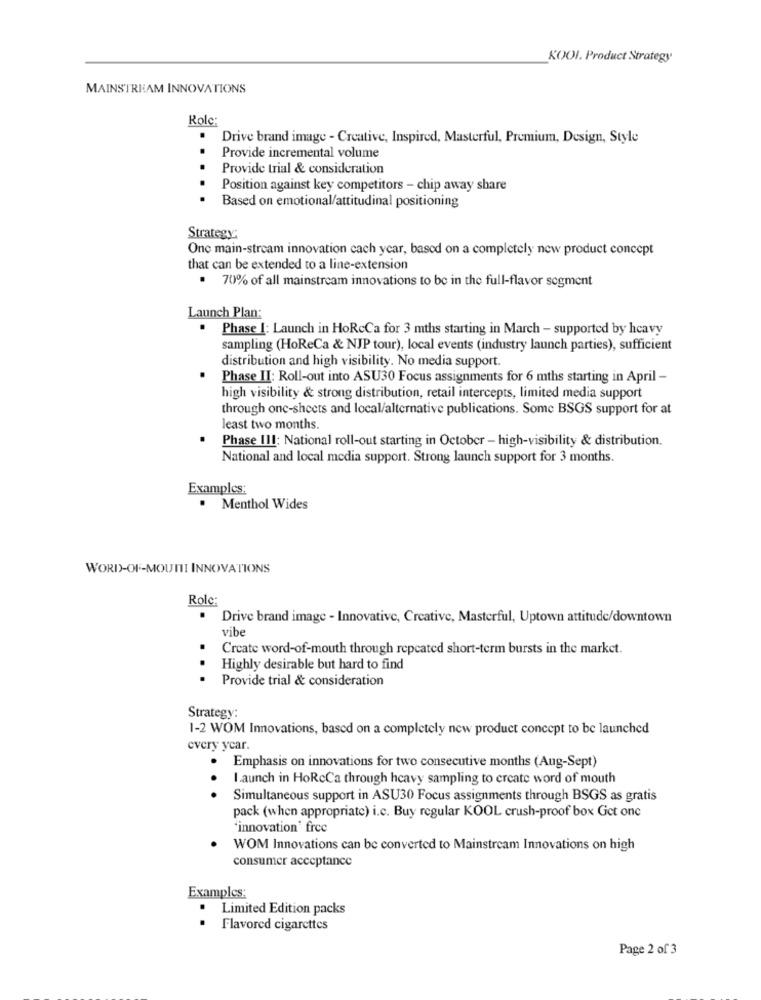
KOOI. Product Strategy
MAINSTREAM INNOVATIONS
Role:
Drive brand image - Creative, Inspired, Masterful, Premium, Design, Style
Provide incremental volume
Provide trial & consideration
Position against key competitors - chip away share
Based on emotional/attitudinal positioning
Strategy:
One main-stream innovation cach year, based on a completely new product concept
that can be extended to a line-extension
. 70% of all mainstream innovations to be in the full-flavor segment
Launch Plan:
Phase I: Launch in HoRcCa for 3 mths starting in March - supported by heavy
sampling (HoReCa & NJP tour), local events (industry launch parties), sufficient
distribution and high visibility. No media support.
Phase II: Roll-out into ASU30 Focus assignments for 6 mths starting in April -
high visibility & strong distribution, retail intercepts, limited media support
through onc-sheets and local/alternative publications. Some BSGS support for at
least two months.
Phase III: National roll-out starting in October - high-visibility & distribution.
National and local media support. Strong launch support for 3 months.
Examples:
. Menthol Wides
WORD-OF-MOUNI INNOVATIONS
Role:
.
Drive brand image - Innovative, Creative, Masterful, Uptown attitude/downtown
vibe
Create word-of-mouth through repeated short-term bursts in the market.
Highly desirable but hard to find
Provide trial & consideration
Strategy:
1-2 WOM Innovations, based on a completely new product concept to be launched
every year.
Emphasis on innovations for two consecutive months (Aug-Sept)
Launch in HoRcCa through heavy sampling to create word of mouth
...
Simultaneous support in ASU30 Focus assignments through BSGS as gratis
pack (when appropriate) i.c. Buy regular KOOL crush-proof box Get one
"innovation' free
WOM Innovations can be converted to Mainstream Innovations on high
consumer acceptance
Examples:
.
Limited Edition packs
Flavored cigarettes
Page 2 of 3